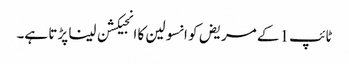
ٹائپ1 کے مریض کو انسولین کا انجیکشن لینا پڑتا ہے۔